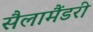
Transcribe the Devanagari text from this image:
सैलामैंडरी